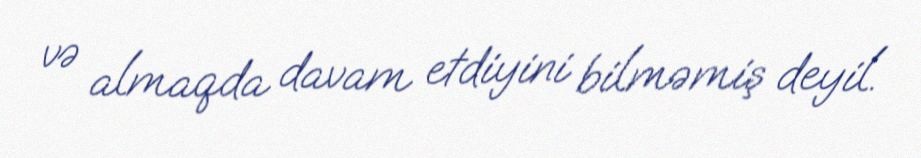
və almaqda davam etdiyini bilməmiş deyil.